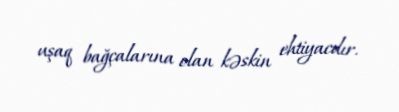
uşaq bağçalarına olan kəskin ehtiyacdır.